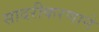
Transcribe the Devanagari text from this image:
सादरीकरणाने